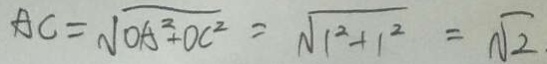
A C = \sqrt { O A ^ { 2 } + O C ^ { 2 } } = \sqrt { 1 ^ { 2 } + 1 ^ { 2 } } = \sqrt { 2 }